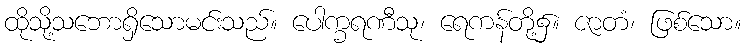
ထိုသို့သဘောရှိသောမင်းသည်။ ပေါက္ခရဏီသု၊ ရေကန်တို့၌။ ဇာတံ၊ ဖြစ်သော။